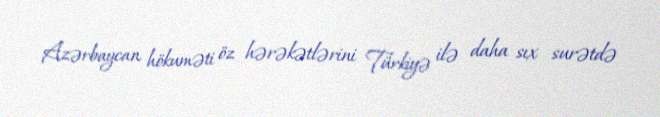
Azərbaycan hökuməti öz hərəkətlərini Türkiyə ilə daha sıx surətdə